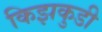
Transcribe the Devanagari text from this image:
किझकुडी